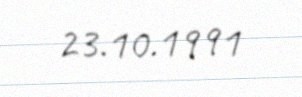
23.10.1991